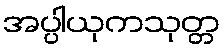
အပ္ပါယုကသုတ္တ